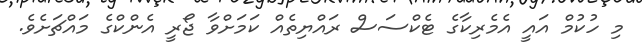
މި ހުކުމް އައީ އެމެރިކާގެ ޓެކްސަސް ރައްޔިތެއް ކަމަށްވާ ޖޯރީ އެންކްގެ މައްޗަށެވެ.